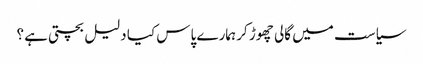
سیاست میں گالی چھوڑ کر ہمارے پاس کیا دلیل بچتی ہے؟